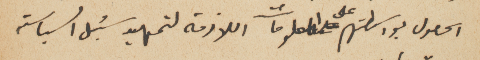
الحصول بواسطتهم على المعلومات اللازمة لتمهيد سُبل السياسة